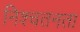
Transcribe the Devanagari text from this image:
निश्चतनता